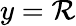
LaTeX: y=\mathcal{R}